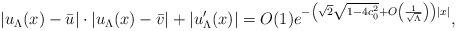
LaTeX: \begin{align*} \left|u_\Lambda(x)-\bar{u}\right|\cdot\left|u_\Lambda(x)-\bar{v}\right|+\left|u_\Lambda'(x) \right|=O(1)e^{-\left(\sqrt{2}\sqrt{1-4c_0^2}+O\left(\frac{1}{\sqrt{\Lambda}}\right)\right)|x|},\end{align*}